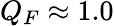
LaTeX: Q_{F}\approx 1.0